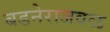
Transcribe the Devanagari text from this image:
बडनेराजवळ